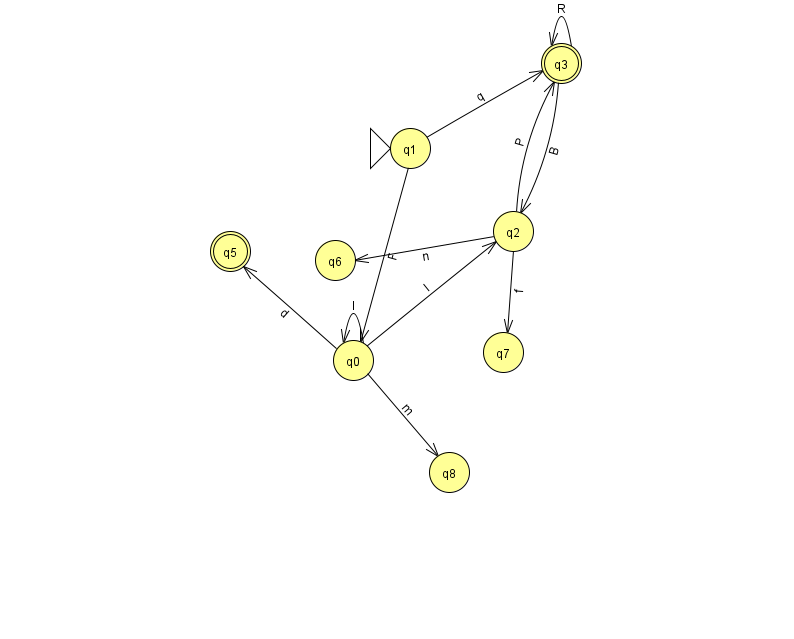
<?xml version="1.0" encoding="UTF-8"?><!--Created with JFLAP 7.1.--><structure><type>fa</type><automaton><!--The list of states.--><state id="0" name="q0"><x>353.0</x><y>347.0</y></state><state id="1" name="q1"><x>410.0</x><y>135.0</y><initial/></state><state id="2" name="q2"><x>513.0</x><y>218.0</y></state><state id="3" name="q3"><x>561.0</x><y>50.0</y><final/></state><state id="5" name="q5"><x>230.0</x><y>238.0</y><final/></state><state id="6" name="q6"><x>335.0</x><y>247.0</y></state><state id="7" name="q7"><x>503.0</x><y>339.0</y></state><state id="8" name="q8"><x>449.0</x><y>459.0</y></state><!--The list of transitions.--><transition><from>2</from><to>7</to><read>f</read></transition><transition><from>2</from><to>3</to><read>P</read></transition><transition><from>3</from><to>3</to><read>R</read></transition><transition><from>0</from><to>8</to><read>m</read></transition><transition><from>3</from><to>2</to><read>B</read></transition><transition><from>0</from><to>5</to><read>d</read></transition><transition><from>1</from><to>0</to><read>F</read></transition><transition><from>1</from><to>3</to><read>q</read></transition><transition><from>0</from><to>0</to><read>l</read></transition><transition><from>0</from><to>2</to><read>I</read></transition><transition><from>2</from><to>6</to><read>n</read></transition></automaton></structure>